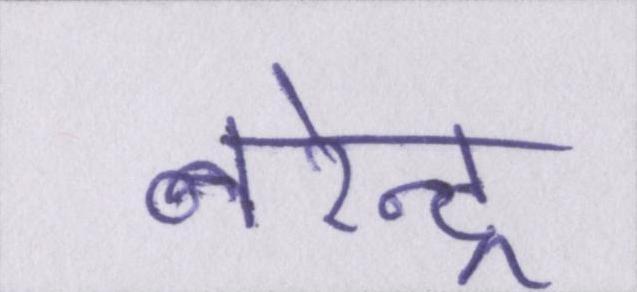
नरेन्द्र